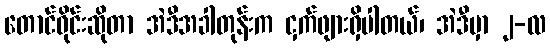
တောင်ဝိုင်းဆိုတာ အဲဒီအခါတုန်းက ငှက်ဖျားရှိပါတယ်၊ အဲဒီမှာ ၂-လ